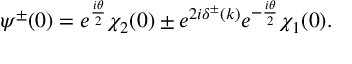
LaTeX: \psi ^ { \pm } ( 0 ) = e ^ { \frac { i \theta } { 2 } } \chi _ { 2 } ( 0 ) \pm e ^ { 2 i \delta ^ { \pm } ( k ) } e ^ { - \frac { i \theta } { 2 } } \chi _ { 1 } ( 0 ) .